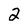
Character: 2